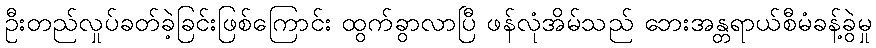
ဦးတည်လှုပ်ခတ်ခဲ့ခြင်းဖြစ်ကြောင်း ထွက်ခွာလာပြီ ဖန်လုံအိမ်သည် ဘေးအန္တရာယ်စီမံခန့်ခွဲမှု